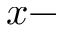
x -